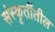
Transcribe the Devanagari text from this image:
संस्कृतींतील